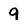
Character: 9